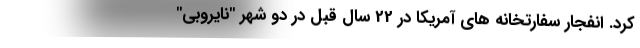
کرد. انفجار سفارتخانه های آمریکا در 22 سال قبل در دو شهر "نایروبی"